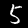
Label: 5